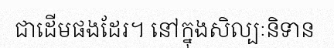
ជាដើមផងដែរ។ នៅក្នុងសិល្បៈនិទាន